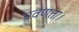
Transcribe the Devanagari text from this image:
प्रवणता।